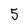
Character: 5